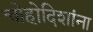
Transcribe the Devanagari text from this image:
चोहोदिशांना